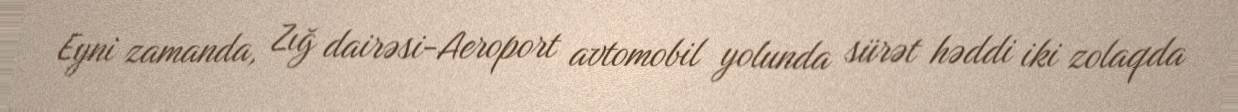
Eyni zamanda, Zığ dairəsi-Aeroport avtomobil yolunda sürət həddi iki zolaqda